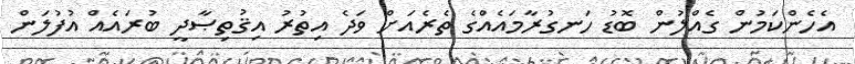
އެހެންކަމުން ގެއްލުން ބޮޑު ހަނގުރާމައެއްގެ ތެރެއަށް ވަދެ އިތުރު އިޤުތިޞާދީ ބުރައެއް އުފުލަން